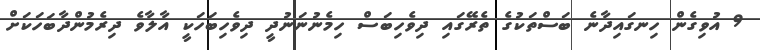
9 އުވިގެން ހިނގައިދާނެ ބަސްތަކުގެ ތެރޭގައި ދިވެހިބަސް ހިމެނުނަނުދީ ދިވެހިބަހަކީ އާލާވެ ދިރެމުންދާބަހަކަށް